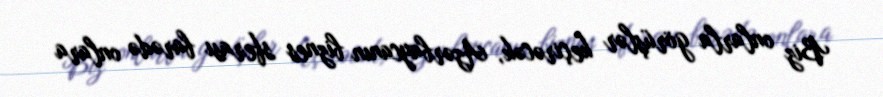
Biz onlarla görüşlər keçirəcək, Azərbaycanın biznes sferası barədə onlara